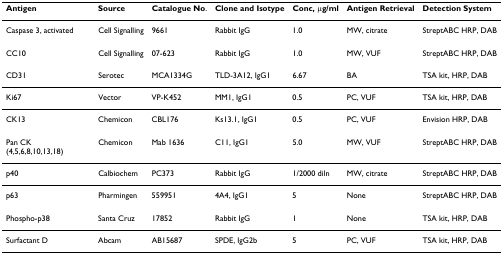
| Antigen | Source | Catalogue No. | Clone and Isotype | Conc, μg/ml | Antigen Retrieval | Detection System |
 | --- | --- | --- | --- | --- | --- | --- |
 | Caspase 3, activated | Cell Signalling | 9661 | Rabbit IgG | 1.0 | MW, citrate | StreptABC HRP, DAB |
 | CC10 | Cell Signalling | 07-623 | Rabbit IgG | 1.0 | MW, VUF | StreptABC HRP, DAB |
 | CD31 | Serotec | MCA1334G | TLD-3A12, IgG1 | 6.67 | BA | TSA kit, HRP, DAB |
 | Ki67 | Vector | VP-K452 | MM1, IgG1 | 0.5 | PC, VUF | TSA kit, HRP, DAB |
 | CK13 | Chemicon | CBL176 | Ks13.1, IgG1 | 0.5 | PC, VUF | Envision HRP, DAB |
 | Pan CK (4,5,6,8,10,13,18) | Chemicon | Mab 1636 | C11, IgG1 | 5.0 | MW, VUF | StreptABC HRP, DAB |
 | p40 | Calbiochem | PC373 | Rabbit IgG | 1/2000 diln | MW, citrate | StreptABC HRP, DAB |
 | p63 | Pharmingen | 559951 | 4A4, IgG1 | 5 | None | StreptABC HRP, DAB |
 | Phospho-p38 | Santa Cruz | 17852 | Rabbit IgG | 1 | None | TSA kit, HRP, DAB |
 | Surfactant D | Abcam | AB15687 | SPDE, IgG2b | 5 | PC, VUF | TSA kit, HRP, DAB |